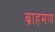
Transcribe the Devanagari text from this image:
ब्राह़मण